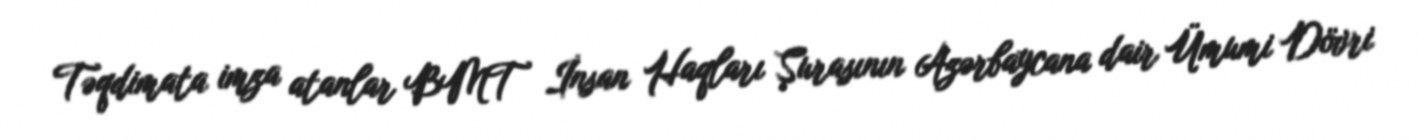
Təqdimata imza atanlar BMT İnsan Haqları Şurasının Azərbaycana dair Ümumi Dövri